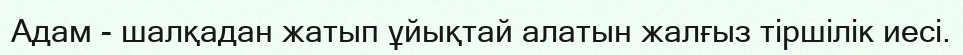
Адам - шалқадан жатып ұйықтай алатын жалғыз тіршілік иесі.